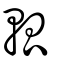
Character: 軱